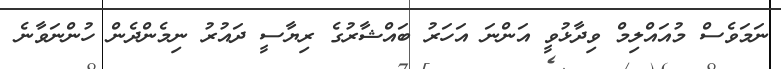
ނަމަވެސް މުއައްލިމް ވިދާޅުވީ އަންނަ އަހަރު ބައްޝާރުގެ ރިޔާސީ ދައުރު ނިމެންދެން ހުންނަވާނެ